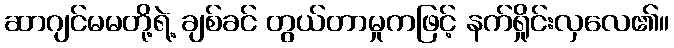
ဆာဂျင်မမတို့ရဲ့ ချစ်ခင် တွယ်တာမှုကဖြင့် နက်ရှိုင်းလှလေ၏။